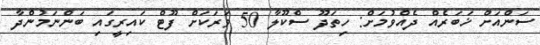
ސަންއަށް ޚަބަރެއް ދެއްވުމަށް: ހިތަދޫ ސްކޫލާ 50 ވަރަކަށް ފޫޓް ކައިރީގައި ބަންނަމުންދާ